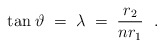
\begin{align*}{\rm tan}\;\vartheta \; = \;\lambda\; =\; { r_2\over n r_1}\ \; .\end{align*}